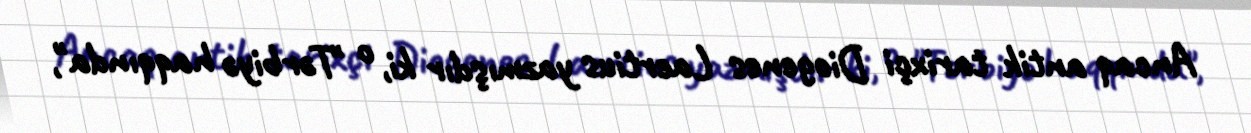
Ancaq antik tarixçi Diogenes Laertius yazmışdır ki, o "Tərbiyə haqqında",